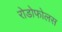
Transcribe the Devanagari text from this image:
रोडोफोलस